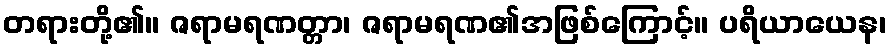
တရားတို့၏။ ဇရာမရဏတ္တာ၊ ဇရာမရဏ၏အဖြစ်ကြောင့်။ ပရိယာယေန၊